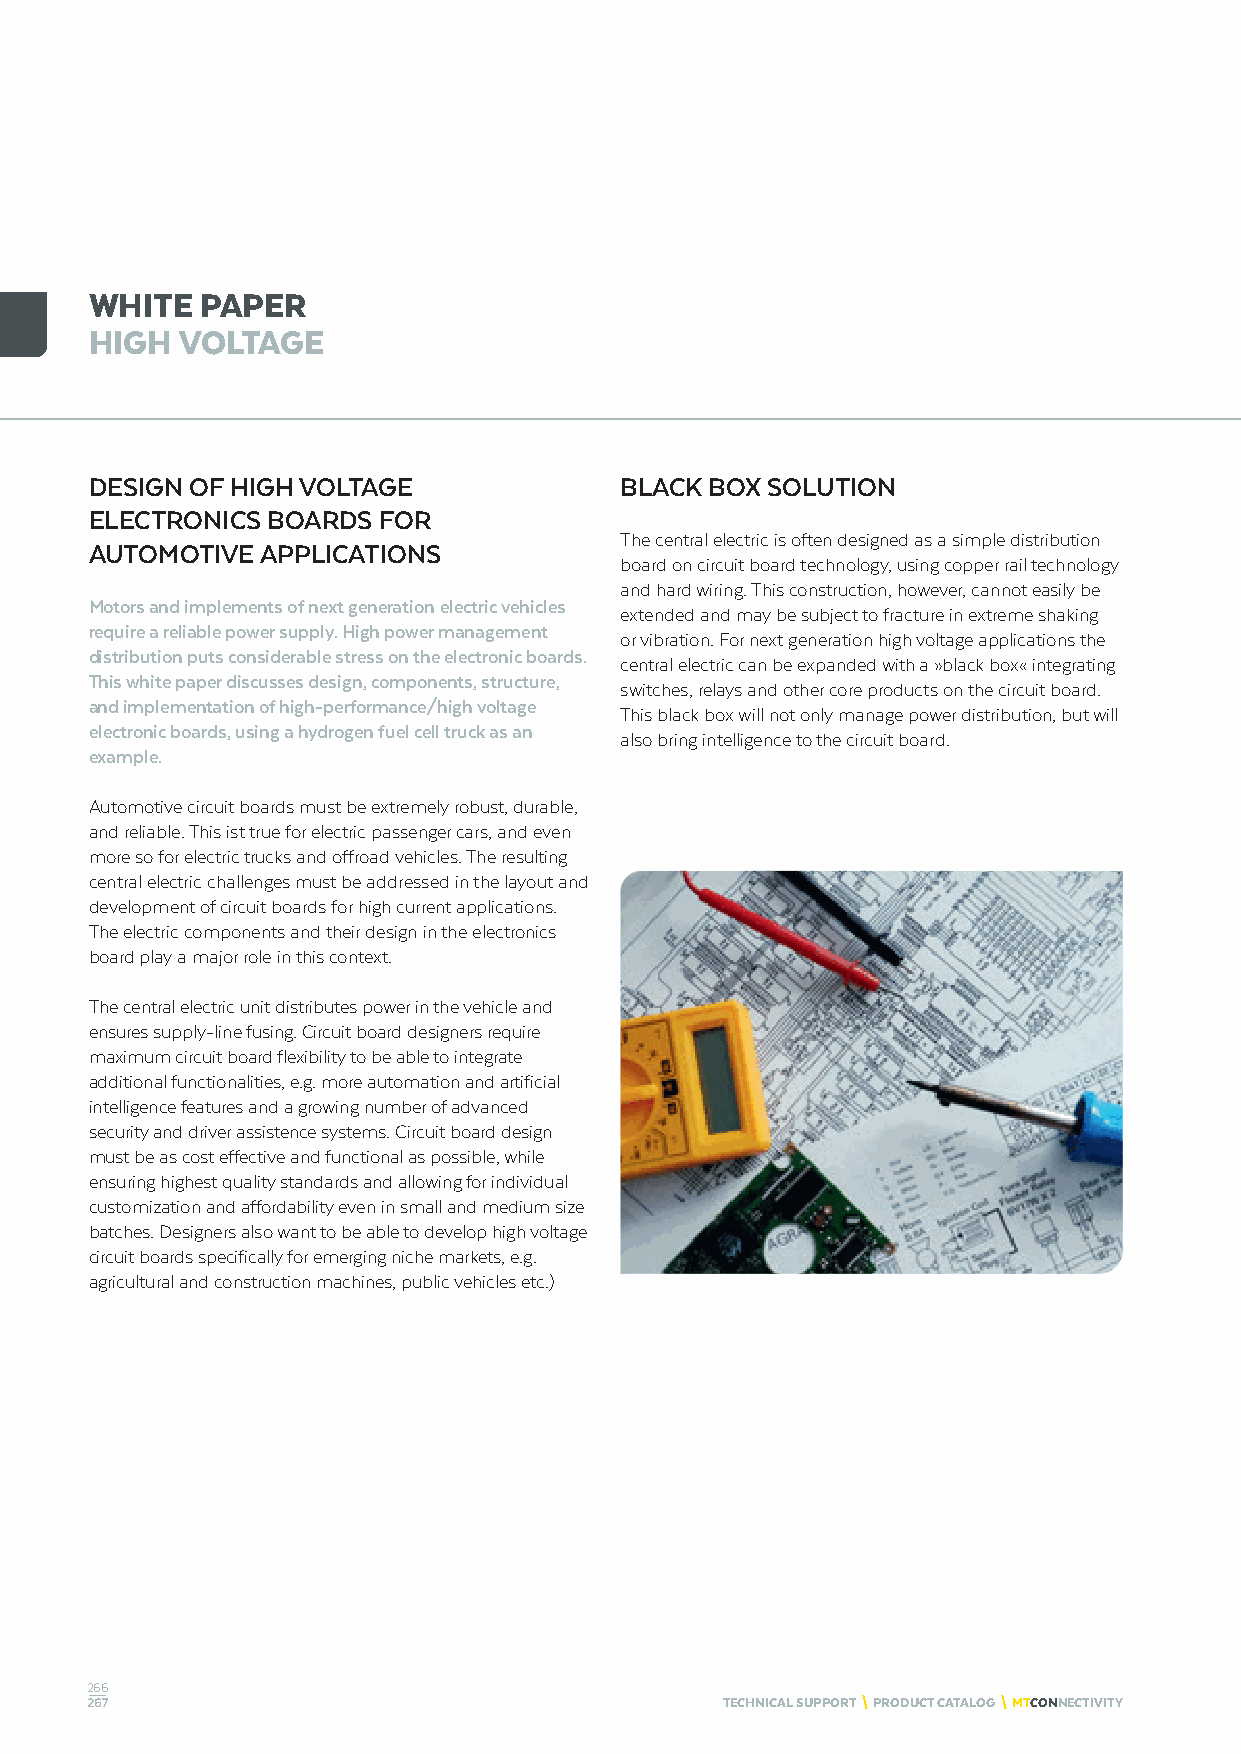
WHITE  PAPER
 HIGH  VOLTAGE
 DESIGN OF HIGH VOLTAGE             BLACK BOX SOLUTION
 ELECTRONICS BOARDS FOR
 The central electric is often designed as a simple distribution
 AUTOMOTIVE APPLICATIONS
 board on circuit board technology, using copper rail technology
 and hard wiring. This construction, however, cannot easily be
 Motors and implements of next generation electric vehicles
 extended and may be subject to fracture in extreme shaking
 require a reliable power supply. High power management
 or vibration. For next generation high voltage applications the
 distribution puts considerable stress on the electronic boards.
 central electric can be expanded with a »black box« integrating
 This white paper discusses design, components, structure,
 switches, relays and other core products on the circuit board.
 and implementation of high-performance/high voltage
 This black box will not only manage power distribution, but will
 electronic boards, using a hydrogen fuel cell truck as an
 also bring intelligence to the circuit board.
 example.
 Automotive circuit boards must be extremely robust, durable,
 and reliable. This ist true for electric passenger cars, and even
 more so for electric trucks and offroad vehicles. The resulting
 central electric challenges must be addressed in the layout and
 development of circuit boards for high current applications.
 The electric components and their design in the electronics
 board play a major role in this context.
 The central electric unit distributes power in the vehicle and
 ensures supply-line fusing. Circuit board designers require
 maximum circuit board flexibility to be able to integrate
 additional functionalities, e.g. more automation and artificial
 intelligence features and a growing number of advanced
 security and driver assistence systems. Circuit board design
 must be as cost effective and functional as possible, while
 ensuring highest quality standards and allowing for individual
 customization and affordability even in small and medium size
 batches. Designers also want to be able to develop high voltage
 circuit boards specifically for emerging niche markets, e.g.
 agricultural and construction machines, public vehicles etc.)
 266
 267                                       TECHNICAL SUPPORT \ PRODUCT CATALOG \ MTCONNECTIVITY